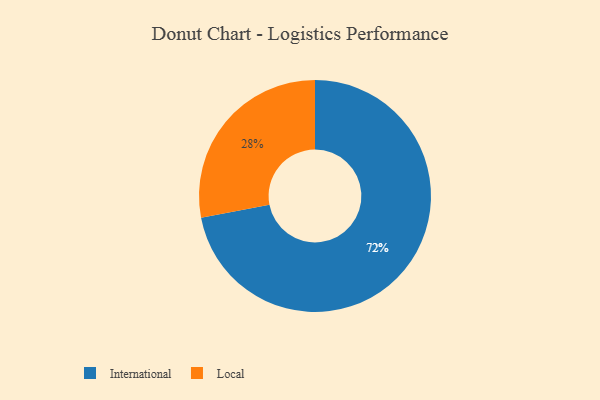
{"axis": {"x": "Category", "y": "Percentage"}, "legend": ["International", "Local"], "data": [{"x": "International", "y": 72, "type": "International"}, {"x": "Local", "y": 28, "type": "Local"}]}